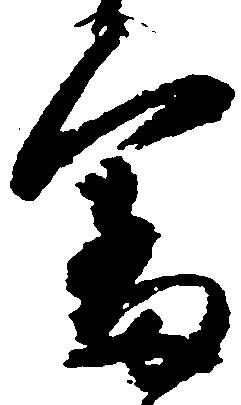
審